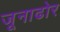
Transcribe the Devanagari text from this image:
जूनाढोर